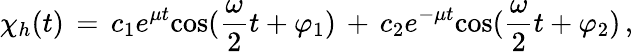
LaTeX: \chi_{h}(t)\, =\, c_{1}e^{\mu t}\mathrm{cos}({\frac{\omega}{2}}t+\varphi_{1})\, +\, c_{2}e^{-\mu t}\mathrm{cos}({\frac{\omega}{2}}t+\varphi_{2})\, ,